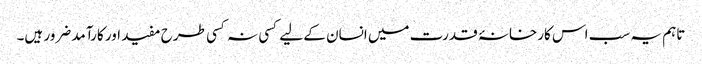
تاہم یہ سب اس کارخانۂ قدرت میں انسان کے لیے کسی نہ کسی طرح مفید اور کارآمد ضرور ہیں۔